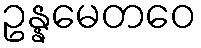
ဥန္နမေတဝေ